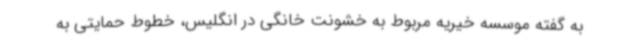
به گفته موسسه خیریه مربوط به خشونت خانگی در انگلیس، خطوط حمایتی به